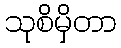
သုစိမှိတာ